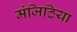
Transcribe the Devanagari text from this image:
मंजिठिया